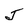
Character: J